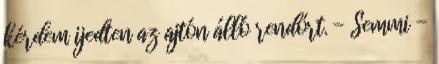
kérdem ijedten az ajtón álló rendőrt. - Semmi -